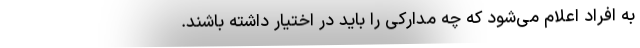
به افراد اعلام می‌شود که چه مدارکی را باید در اختیار داشته باشند.